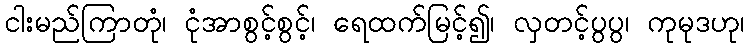
ငါးမည်ကြာတုံ၊ ငုံအာစွင့်စွင့်၊ ရေထက်မြင့်၍၊ လှတင့်ပွပွ၊ ကုမုဒဟု၊